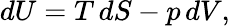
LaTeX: dU=T\, dS-p\, dV,